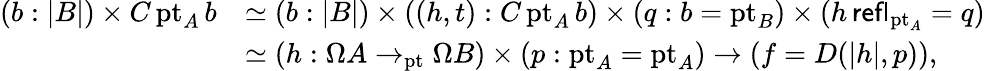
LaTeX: \begin{array}{rl}{(b:|B|)\times C\, \mathrm{pt}_{A}\, b}&{\simeq(b:|B|)\times((h,t):C\, \mathrm{pt}_{A}\, b)\times(q:b=\mathrm{pt}_{B})\times(h\, \mathsf{refl}_{\mathrm{pt}_{A}}=q)}\\ &{\simeq(h:\Omega A\to_{\mathrm{pt}}\Omega B)\times(p:\mathrm{pt}_{A}=\mathrm{pt}_{A})\to(f=D(|h|,p)),}\end{array}